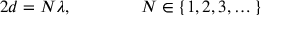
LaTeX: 2 d = N \lambda , \qquad \qquad N \in \{ 1 , 2 , 3 , \dots \}